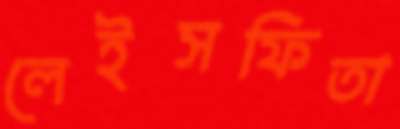
লেইসফিতা